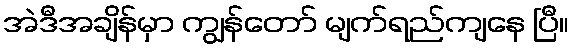
အဲဒီအချိန်မှာ ကျွန်တော် မျက်ရည်ကျနေ ပြီ။